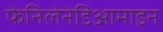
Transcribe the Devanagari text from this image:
फेनिलेनेडिआमाइन